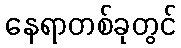
နေရာတစ်ခုတွင်